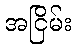
အငြိမ်း